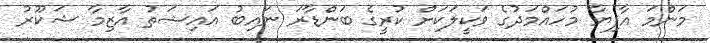
މަންމަ އާފިޔާ މުހައްމަދުގެ ވަކީލަކަށް ކުރީގެ ބަންޑާރަ ނައިބު އައިޝަތު އާޒިމާ ޝަކޫރު